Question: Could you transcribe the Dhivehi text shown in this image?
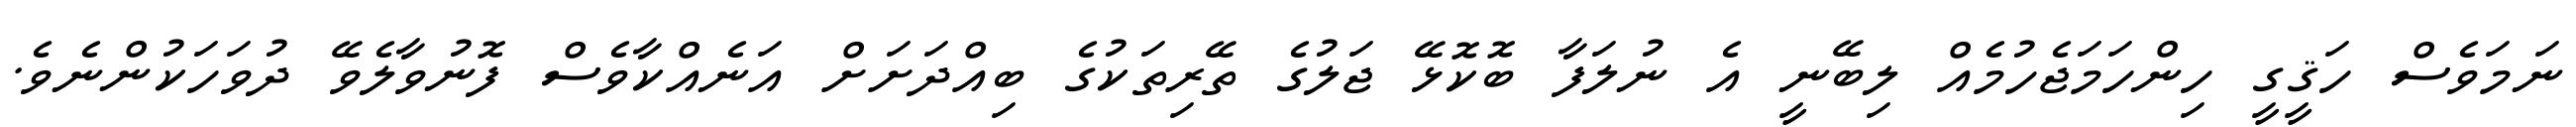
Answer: ނަމަވެސް ހަޤީގީ ހިންހަމަޖެހުމެއް ލިބޭނީ އެ ނުލަފާ ބޮކޮޅޭ ޖަލުގެ ތޭރިތަކުގެ ބިއްދަށަށް އަނެއްކާވެސް ފޮނުވާލެވޭ ދުވަހަކުންނެވެ.